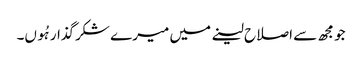
جو مجھ سے اصلاح لینے میں میرے شکرگذار ہُوں۔